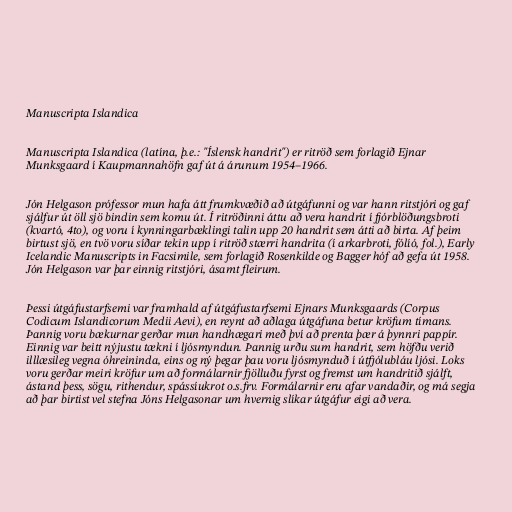
Manuscripta Islandica

Manuscripta Islandica (latína, þ.e.: "Íslensk handrit") er ritröð sem forlagið Ejnar
Munksgaard í Kaupmannahöfn gaf út á árunum 1954–1966.

Jón Helgason prófessor mun hafa átt frumkvæðið að útgáfunni og var hann ritstjóri og gaf
sjálfur út öll sjö bindin sem komu út. Í ritröðinni áttu að vera handrit í fjórblöðungsbroti
(kvartó, 4to), og voru í kynningarbæklingi talin upp 20 handrit sem átti að birta. Af þeim
birtust sjö, en tvö voru síðar tekin upp í ritröð stærri handrita (í arkarbroti, fólíó, fol.), Early
Icelandic Manuscripts in Facsimile, sem forlagið Rosenkilde og Bagger hóf að gefa út 1958.
Jón Helgason var þar einnig ritstjóri, ásamt fleirum.

Þessi útgáfustarfsemi var framhald af útgáfustarfsemi Ejnars Munksgaards (Corpus
Codicum Islandicorum Medii Aevi), en reynt að aðlaga útgáfuna betur kröfum tímans.
Þannig voru bækurnar gerðar mun handhægari með því að prenta þær á þynnri pappír.
Einnig var beitt nýjustu tækni í ljósmyndun. Þannig urðu sum handrit, sem höfðu verið
illlæsileg vegna óhreininda, eins og ný þegar þau voru ljósmynduð í útfjólubláu ljósi. Loks
voru gerðar meiri kröfur um að formálarnir fjölluðu fyrst og fremst um handritið sjálft,
ástand þess, sögu, rithendur, spássíukrot o.s.frv. Formálarnir eru afar vandaðir, og má segja
að þar birtist vel stefna Jóns Helgasonar um hvernig slíkar útgáfur eigi að vera.